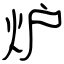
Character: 炉